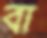
বা